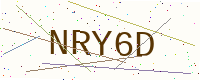
Text: NRY6D